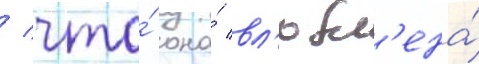
/ что́ она́ вл'юбл'ена́